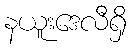
နယူးဒေလီရှိ